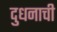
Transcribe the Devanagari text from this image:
दुधनाची